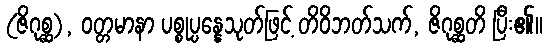
(ဇိဂုစ္ဆ), ဝတ္တမာနာ ပစ္စုပ္ပန္နေသုတ်ဖြင့် တိဝိဘတ်သက်, ဇိဂုစ္ဆတိ ပြီး၏။